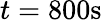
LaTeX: t=800\textrm{s}